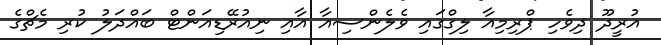
އުރީދޫ ދިވެހި ޕްރިމިއާ ލިގްގައި ވެލެންސިއާ އާއި ނިއުރޭޑިއަންޓް ބައްދަލު ކުރި މެޗްގެ